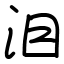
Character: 泪